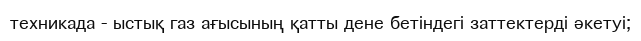
техникада - ыстық газ ағысының қатты дене бетіндегі заттектерді әкетуі;